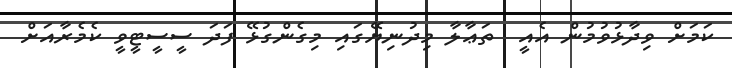
ކަމަށް ވިދާޅުވުމުން އެއީ  ތަޢާލާ މިދުނިޔޭގައި މިގެންގުޅޭ ފަދަ ސީސީޓީވީ ކެމެރާއަށް